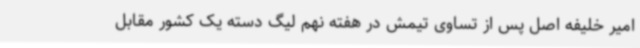
امیر خلیفه اصل پس از تساوی تیمش در هفته نهم لیگ دسته یک کشور مقابل